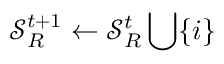
\mathcal { S } _ { R } ^ { t + 1 } \leftarrow \mathcal { S } _ { R } ^ { t } \bigcup \{ i \}